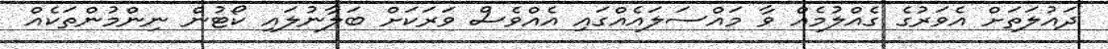
ދައުލަތަށް އެވަރުގެ ގެއްލުމެއް ވާ މައްސަލައެއްގައި އެއްވެސް ވަރަކަށް ބަލާނުލައި ކޯޓުން ނިންމުންތަކެއް